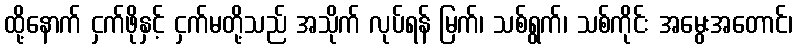
ထို့နောက် ငှက်ဖိုနှင့် ငှက်မတို့သည် အသိုက် လုပ်ရန် မြက်၊ သစ်ရွက်၊ သစ်ကိုင်း အမွေးအတောင်၊